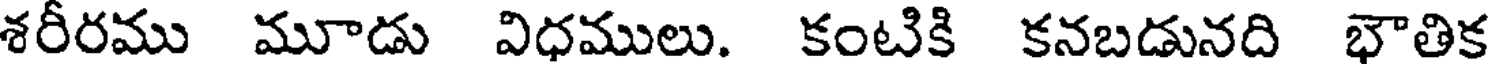
శరీరము మూడు విధములు. కంటికి కనబడునది భౌతిక